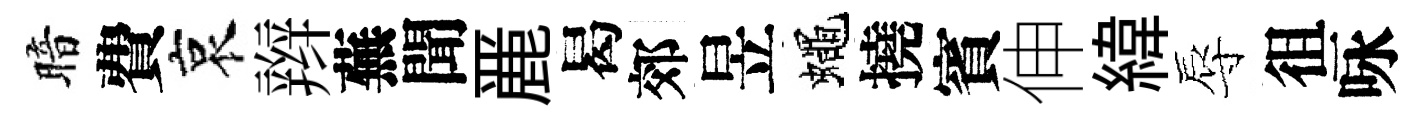
暗費哀辫蕪聞䴡曷郊昱蠅撓賓伸緯辱徂咏